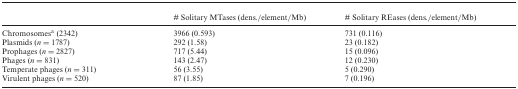
<table><thead><tr><td><b> </b></td><td><b># Solitary MTases (dens./element/Mb)</b></td><td><b># Solitary REases (dens./element/Mb)</b></td></tr></thead><tbody><tr><td>Chromosomes<sup>a</sup> (2342)</td><td>3966 (0.593)</td><td>731 (0.116)</td></tr><tr><td>Plasmids (<i>n</i> = 1787)</td><td>292 (1.58)</td><td>23 (0.182)</td></tr><tr><td>Prophages (<i>n</i> = 2827)</td><td>717 (5.44)</td><td>15 (0.096)</td></tr><tr><td>Phages (<i>n</i> = 831)</td><td>143 (2.47)</td><td>12 (0.230)</td></tr><tr><td>Temperate phages (<i>n</i> = 311)</td><td>56 (3.55)</td><td>5 (0.290)</td></tr><tr><td>Virulent phages (<i>n</i> = 520)</td><td>87 (1.85)</td><td>7 (0.196)</td></tr></tbody></table>